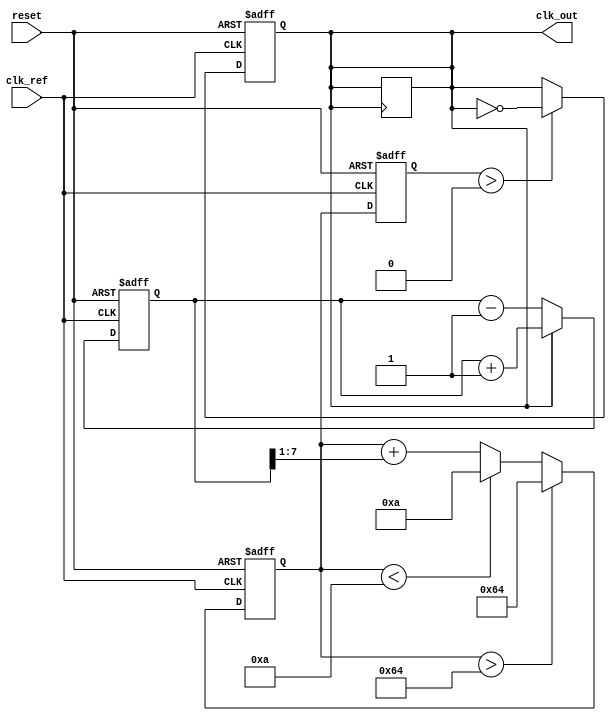
module pll (
    input wire clk_ref,        // Reference clock input
    input wire reset,          // Reset signal
    output reg clk_out         // Output clock
);

// Parameters
parameter DIV_FACTOR = 4;    // Frequency divider factor
parameter VCO_MAX_FREQ = 100; // Maximum frequency for VCO
parameter VCO_MIN_FREQ = 10;  // Minimum frequency for VCO

// Internal signals
reg [7:0] phase_error;        // Phase error signal
reg [7:0] control_voltage;     // Control voltage for VCO
reg [7:0] vco_freq;           // Current frequency of VCO
reg clk_div;                  // Divided clock signal

// Phase Detector (PD)
always @(posedge clk_ref or posedge reset) begin
    if (reset) begin
        phase_error <= 0;
    end else begin
        // Simple phase comparison logic (for demonstration)
        // In a real implementation, this would be more complex
        if (clk_out) begin
            phase_error <= phase_error + 1; // Increment phase error
        end else begin
            phase_error <= phase_error - 1; // Decrement phase error
        end
    end
end

// Loop Filter (LF)
always @(posedge clk_ref or posedge reset) begin
    if (reset) begin
        control_voltage <= 0;
    end else begin
        // Simple low-pass filter (for demonstration)
        control_voltage <= control_voltage + (phase_error >> 1); // Simple integration
        // Clamp control voltage to VCO limits
        if (control_voltage > VCO_MAX_FREQ) begin
            control_voltage <= VCO_MAX_FREQ;
        end else if (control_voltage < VCO_MIN_FREQ) begin
            control_voltage <= VCO_MIN_FREQ;
        end
    end
end

// Voltage-Controlled Oscillator (VCO)
always @(posedge clk_ref or posedge reset) begin
    if (reset) begin
        vco_freq <= VCO_MIN_FREQ;
        clk_out <= 0;
    end else begin
        // Adjust VCO frequency based on control voltage
        vco_freq <= control_voltage;
        // Generate output clock based on VCO frequency
        if (vco_freq > 0) begin
            clk_out <= ~clk_out; // Toggle output clock
        end
    end
end

// Frequency Divider (optional)
always @(posedge clk_out or posedge reset) begin
    if (reset) begin
        clk_div <= 0;
    end else begin
        // Simple frequency divider
        if (clk_div == DIV_FACTOR - 1) begin
            clk_div <= 0;
            clk_out <= ~clk_out; // Toggle divided clock
        end else begin
            clk_div <= clk_div + 1;
        end
    end
end

endmodule